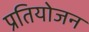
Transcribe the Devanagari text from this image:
प्रतियोजन